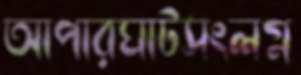
আপারঘাটসংলগ্ন